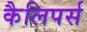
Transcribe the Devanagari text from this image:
कैलिपर्स